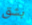
بشق